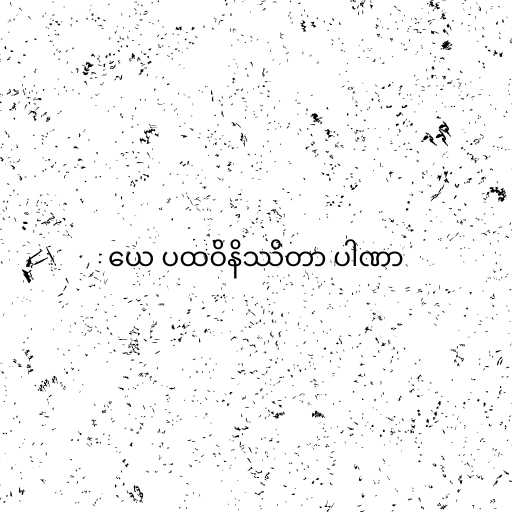
ယေ ပထဝိနိဿိတာ ပါဏာ